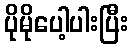
ပိုမိုပေါ့ပါးပြီး